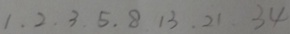
1 , 2 , 3 , 5 , 8 , 1 3 , 2 1 , 3 4